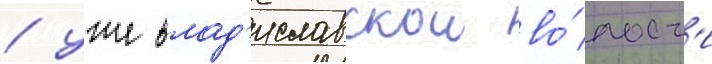
/ уже влад'иславскои во́лост'и